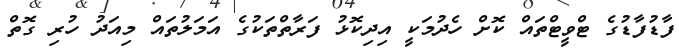
ފާޑުފާޑުގެ ޓްވީޓްތައް ކޮށް ހެދުމަކީ އިދިކޮޅު ފަރާތްތަކުގެ އަމަލުތައް މިއަދު ހުރި ގޮތް